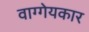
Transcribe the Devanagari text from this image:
वाग्गेयकार